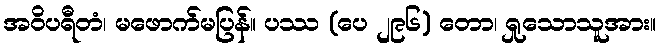
အဝိပရီတံ၊ မဖောက်မပြန်။ ပဿ (ပေ ၂၉၆) တော၊ ရှုသောသူအား။